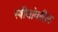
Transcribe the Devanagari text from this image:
स्त्रीयांवरील